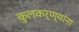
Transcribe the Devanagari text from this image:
कुलकर्ण्यांना